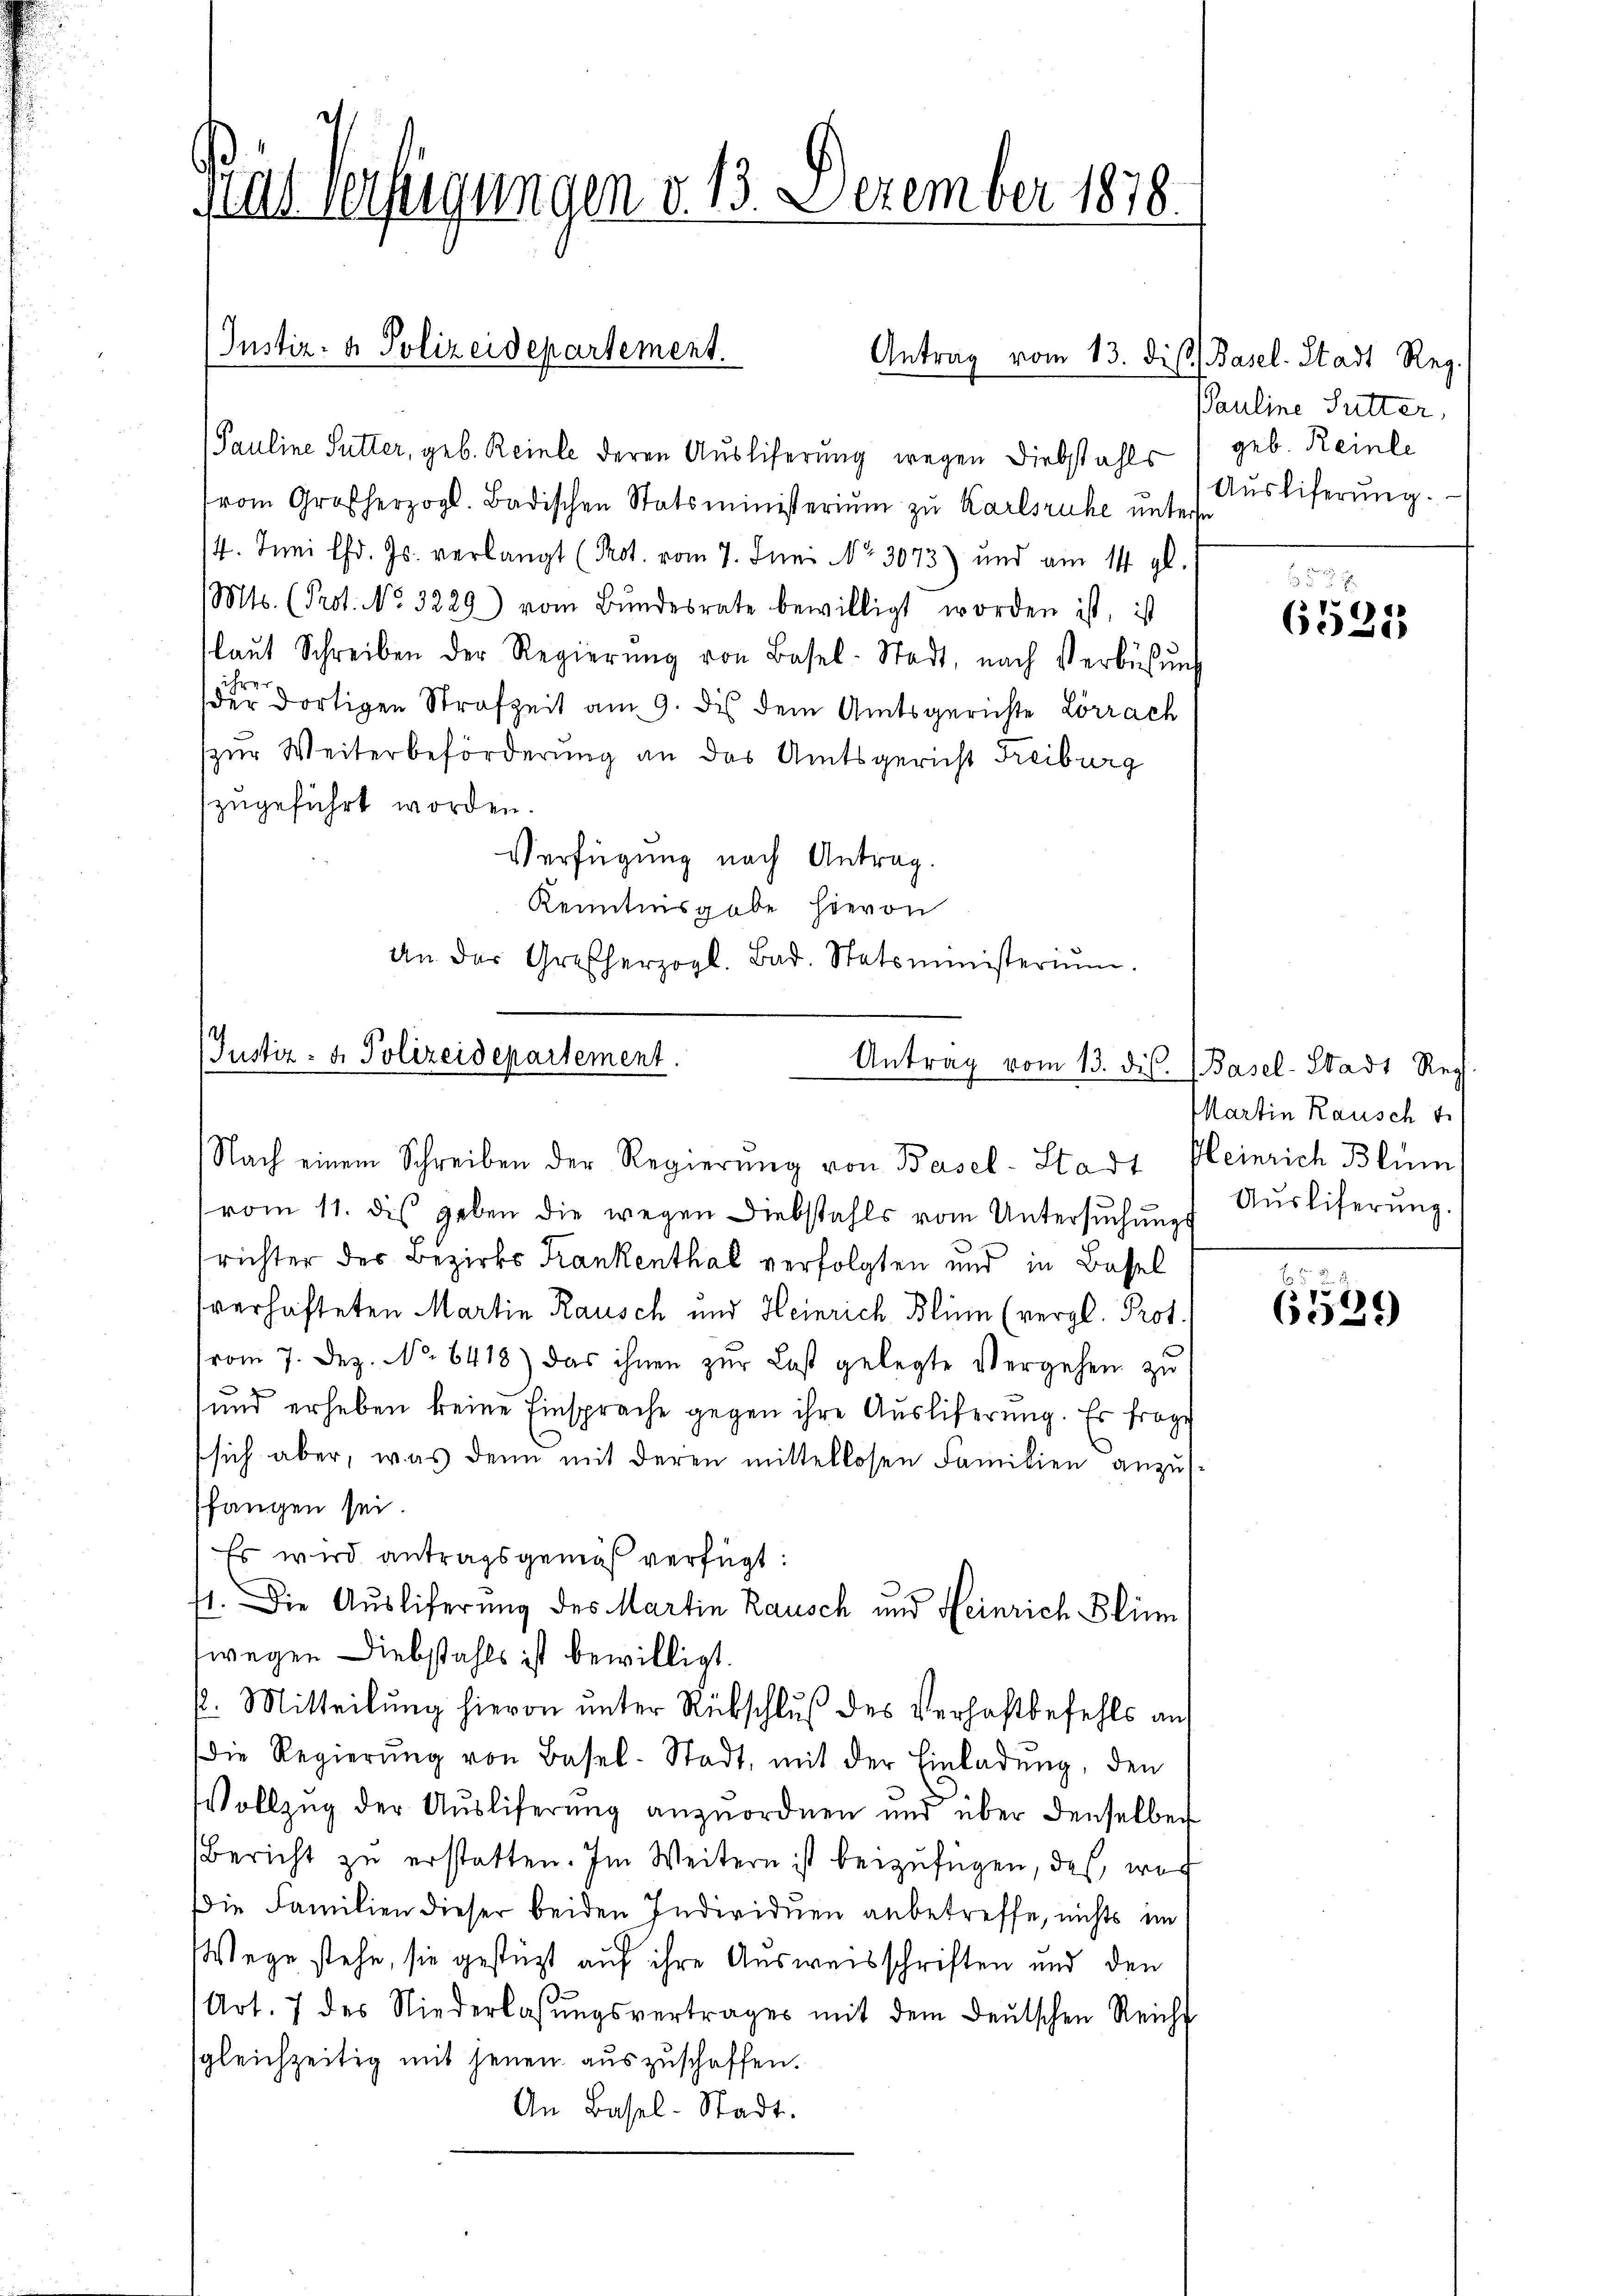
Pat Verfügungen v. 13. Dezember 1878.

Pauline Sutter, geb. Reinle deren Ausliferung wegen Diebstahls
vom Großherzogl. Badischen Statsministerium zu Karlsruhe untere
4. Juni lfd. Js. verlangt (Prot. vom 7. Juni No 3073) und am 14. gl.
Mts. (Prot. No. 3229) vom Bŭndesrate bewilligt worden ist, ist
laŭt Schreiben der Regierŭng von Basel-Stadt, nach Verbüsŭng
ihre
der dortigen Strafzeit am 9. des dem Amtsgerichte Lörrach
zur Weiterbeförderung an das Amtsgericht Freiburg
zugeführt worden.
Verfügung nach Antrag.
Kenntnisgabe hievon
an der Großherzogl. Bad. Statsministerium.

Instiz- & Polizeidepartement.
Antrag vom 13. dis. Basel-Stadt Reg.

(Justiz- & Polizeidepartement.
Antrag vom 13. dis. (Basel-Stadt Reg
Nach einem Schreiben der Regierung von Basel-Stadt Kleinrich Blüm

vom 11. dis geben die wegen Diebstahls vom Untersŭchŭngs Auslieferŭng.
richter der Bezirks Krankenthal verfolgten und in Bassel
verhafteten Martin Rausch und Heinrich Blin (vergl. Prot.
vom 7. Dez. No. 6418) das ihnen zŭr Last gelegte Vergehen zu
und erheben keine Einsprache gegen ihre Ausliferung. Es frage
sich aber, was denn mit deren mittellosen Familien anzusffangen sei.
Es wird antragsgemäß verfügt:
71. Die Auslieferung des Martin Rausch und Heinrich Blin
wegen Diebstahls ist bewilligt.
p. Mitteilung hievon unter Rückschluß des Verhaftbefehls auf
Die Regierŭng von Basel-Stadt, mit der Einladŭng, den
Vollzug der Ausliferung anzŭordnen und über denselben
Bericht zu erstatten. Im Weitern ist beizufügen, das, wor
Die Familien dieser beiden Individuen anbetreffe, nichts im
Wege stehe, sie gestützt auf ihre Ausweisschriften und den
Art. 7 des Niederlassŭngsvertrages mit dem deŭtschen Reicht
sgleichzeitig mit jenen auszuschaffen.
An Basel-Stadt.

Pauline Sutter,
geb. Reinle
Ausliferŭng.

6525

Martin Rausch

6539